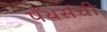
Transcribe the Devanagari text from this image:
पँथर्सची